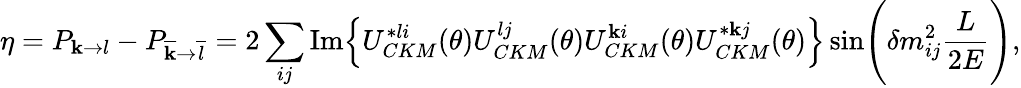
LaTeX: {\eta}=P_{{\mathbf{k}}{\rightarrow}{l}}-P_{\overline{{{{\mathbf{k}}}}}{\rightarrow}\overline{{{{l}}}}}=2\sum_{ij}\mathrm{{Im}}\Bigl\{ U_{CKM}^{*li}({\theta})U_{CKM}^{lj}({\theta})U_{CKM}^{\mathbf{k}i}({\theta})U_{CKM}^{*\mathbf{k}j}({\theta})\Bigr\} \sin\Biggl({\delta}m_{ij}^{2}\frac{{L}}{{2E}}\Biggr),